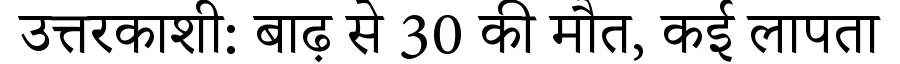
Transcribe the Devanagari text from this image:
उत्तरकाशी: बाढ़ से 30 की मौत, कई लापता